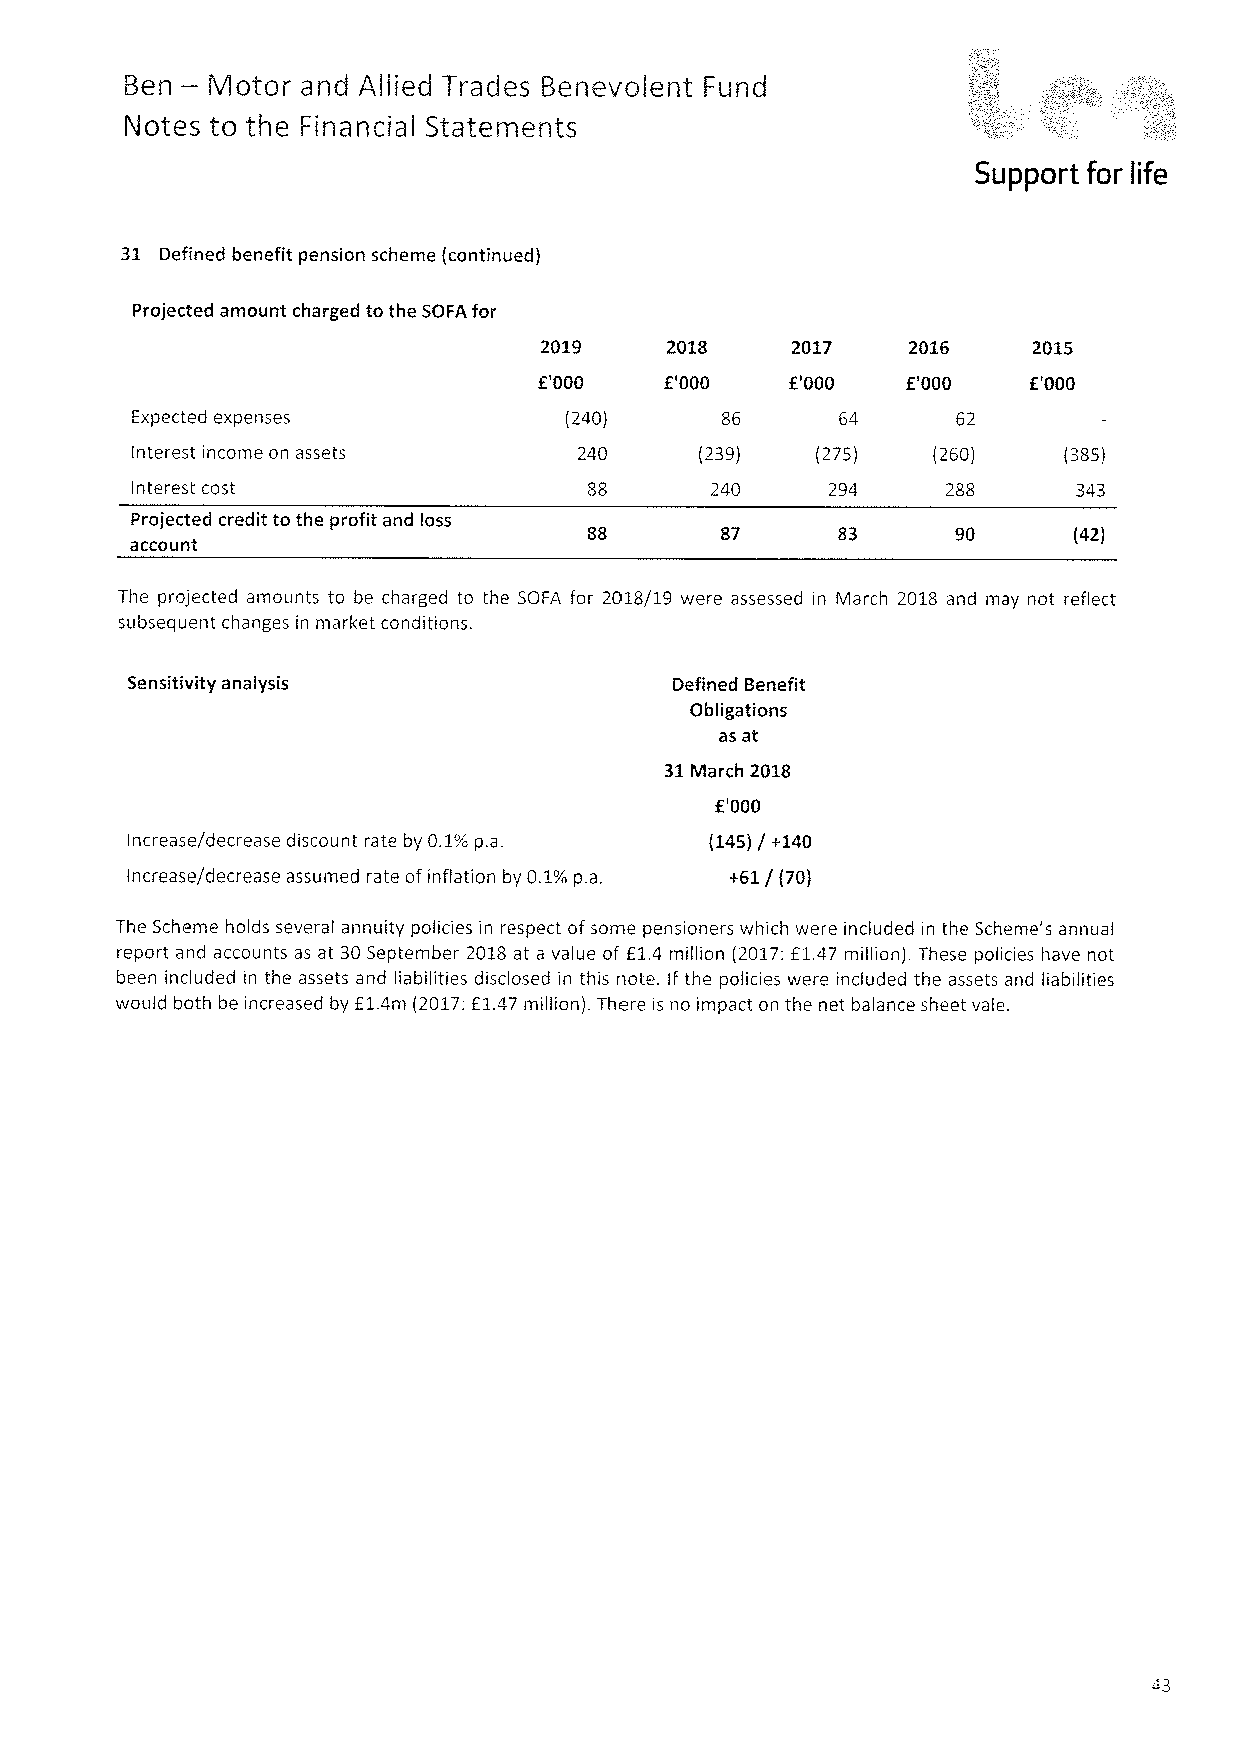
—
 Ben   Motor and Allied Trades Benevolent Fund
 Notes to the Financial Statements
 Support for life
 31 Defined benefit pension scheme (continued)
 Projected amount charged to the SOFA for
 2018    2017    2016    2015
 f'000   E'000   E'000   f'OOD   E'000
 Expected expenses           (240)              64     62
 Interest income on assets    240     (239)   (275)   (260)   (385)
 Interest cost                         240     294     288     343
 Projected credit to the profit and loss
 87             90      (42)
 account
 The projected amounts to be charged to the SOFA for 2018/19 were assessed in March 2018 and may not reflect
 subsequent changes in market conditions.
 Sensitivity analysis                Defined Benefit
 Obligations
 as at
 31March 2018
 E'000
 Increase/decrease discount rate by 0.1%p.a. (145}/+140
 Increase/decrease assumed rate ofinflation by 0.1%p.a. +61/ (70)
 The Scheme holds several annuity policies in respect ofsome pensioners which were included in the Scheme's annual
 report and accounts as at 30September 2018 at a value of E1.4 million (2017:f1.47 million). These policies have not
 been included in the assets and liabilities disclosed in this note. Ifthe policies were included the assets and liabilities
 would both be increased by E1.4m (2017:E1.47 million). There is no impact on the net balance sheet vale.
 43